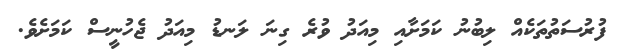
ފުރުސަތުތަކެއް ލިބުނު ކަމަށާއި މިއަދު ވުރެ ގިނަ ލަނޑު މިއަދު ޖެހުނީސް ކަމަށެވެ.